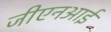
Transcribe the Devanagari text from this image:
जीएनआई